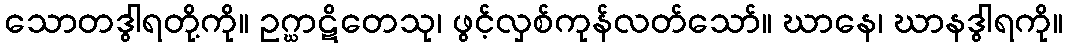
သောတဒွါရတို့ကို။ ဥဂ္ဃာဋိတေသု၊ ဖွင့်လှစ်ကုန်လတ်သော်။ ဃာနေ၊ ဃာနဒွါရကို။